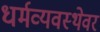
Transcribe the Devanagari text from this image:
धर्मव्यवस्थेवर